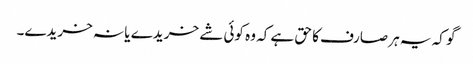
گو کہ یہ ہر صارف کا حق ہے کہ وہ کوئی شے خریدے یا نہ خریدے۔